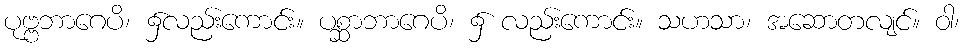
ပုဗ္ဗဘာဂေပိ၊ ၌လည်းကောင်း။ ပစ္ဆာဘာဂေပိ၊ ၌ လည်းကောင်း။ သဟသာ၊ အဆောတလျင်။ ဝါ၊